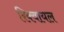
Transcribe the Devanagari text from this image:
रिक्वायल